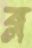
ব্ল